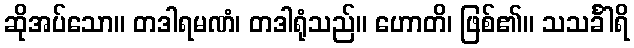
ဆိုအပ်သော။ တဒါရမဏံ၊ တဒါရုံသည်။ ဟောတိ၊ ဖြစ်၏။ သသင်္ခါရိ